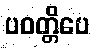
ပဝတ္တိပေ